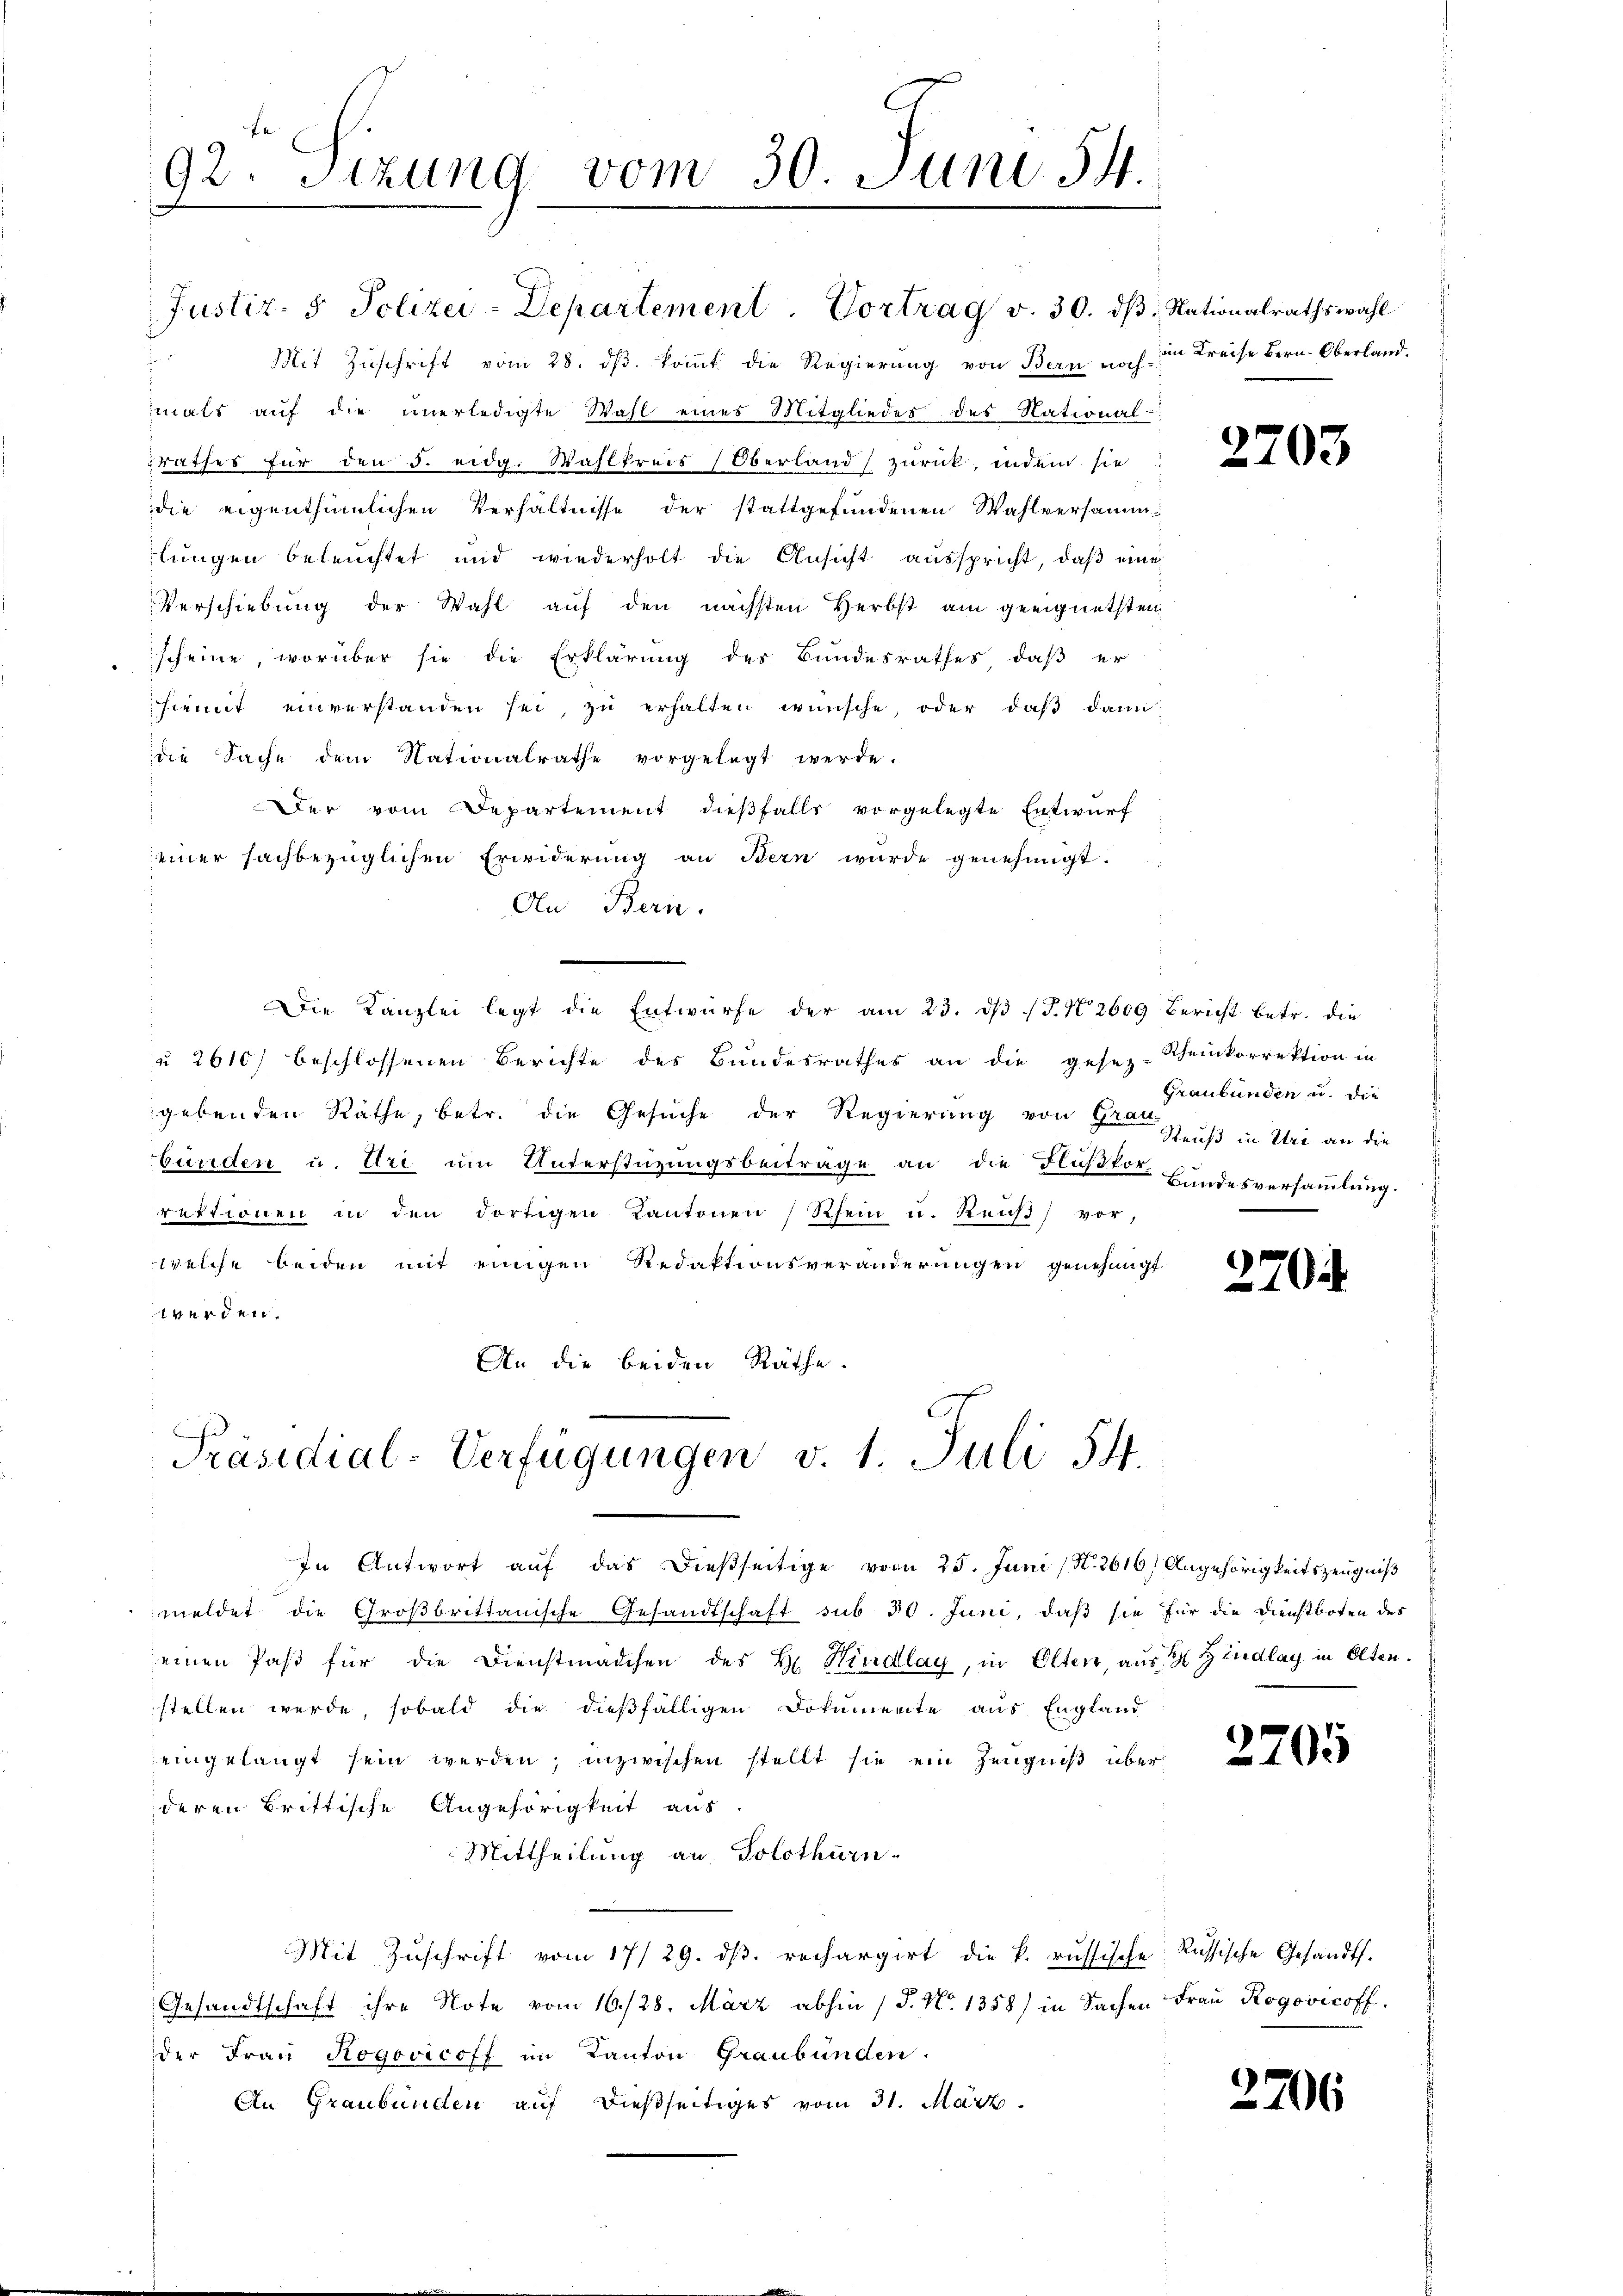
Mit Zŭschrift vom 28. dβ koṁt die Regierŭng von Bern noch in Kreise Bern. Oberland.
mals aŭf die unerledigte Wahl eines Mitgliedes des National-
rathes für den 5. eidg. Wahlkreis Oberland zurück, indem sie
die eigenthümlichen Verhältnisse der stattgefundenen Wahlversammlŭngen beleŭchtet und wiederholt die Ansicht aŭsspricht, daβ eine
Verschiebung der Wahl auf den nächsten Herbst am geeignetsten
scheine, worüber sie die Erklärung des Bundesrathes, daß er
hiemit einverstanden sei, zu erhalten wünsche, oder daß dann
die Sache dem Nationalrathe vorgelegt werde.
Der vom Departement dießfalls vorgelegte Entwurf
einer sachbezüglichen Erwiderung an Bern wurde genehmigt.
An Bern.
Die Kanzlei legt die Entwürfe der am 23. dβ J. No 2609 Bericht betr. die
u 2610) beschlossenen Berichte des Bundesrathes an die gesez-Scheinkorrektion in
gebenden Räthe, betr. die Gesuche der Regierung von Grau
bunden u. Uri um Unterstüzungsbeiträge an die Flußkor-
rektionen in den dortigen Kantonen (Rhein u. Reuß) vor,
welche beiden mit einigen Redaktionsveränderungen genehmigt.
werden.
An die beiden Räthe.

92. Sizung vom 30. Juni 54.

Justiz- & Polizei-Departement Vortrag v. 30. dβ: Nationalrathswahl

Präsidial-Verfügungen v. 1. Juli 54.

In Antwort auf das dießseitige vom 25. Juni / N. 2616, Angehörigkeitszeugniß
meldet die Großbrittanische Gesandtschaft sub 30. Juni, daß sie für die Dienstboten des
einen Past für die Dienstmädchen des H. Kindlag, in Olten, aus 2 Giudlay in Olten.
stellen werde, sobald die dießfälligen Dokumente aus England
eingelangt sein werden, inzwischen stellt sie ein Zeugniß überderen Brittische Angehörigkeit aus.
Mittheilung an Solothurn.
Mit Zuschrift vom 17/29. dβ. rechargirt die k. russische Russische Gesandts.
Gesandtschaft ihre Note vom 16./28. März abhin (S. No. 1358) in Sachen Frau Rogovicoff
der Frau Rogovicoff im Kanton Graubünden.
An Graubünden auf dießseitiges vom 31. März.

2203

Graubünden u. die
Reuß in Uri an die
Bundesversammlung.

270

2205

2706